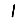
Digit: 1